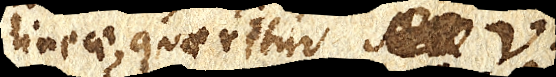
lineae, quaeritur xx V,